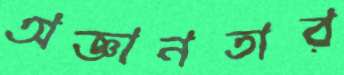
অজ্ঞানতার